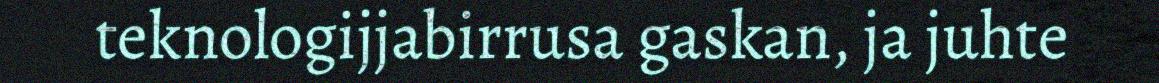
teknologijjabirrusa gaskan, ja juhte